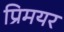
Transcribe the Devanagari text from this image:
प्रिमयर